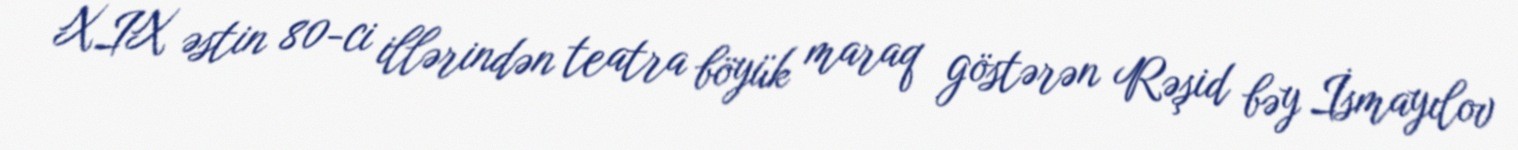
XIX əstin 80-ci illərindən teatra böyük maraq göstərən Rəşid bəy İsmayılov